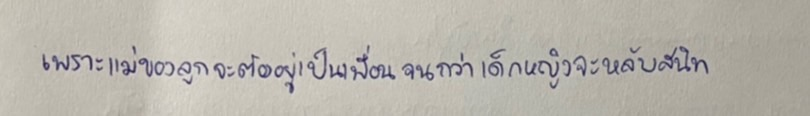
เพราะแม่ของลูกจะต้องอยู่เป็นเพื่อนจนกว่าเด็กหญิงจะหลับสนิท